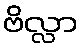
ဗိလ္လာ